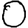
Digit: 0